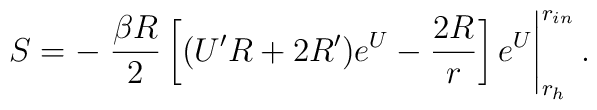
S=-\left. {{\beta R}\over{2}} \left[(U^{\prime}R+2R^{\prime})e^{U}-{{2R}\over{r}} \right] e^{U}\right|^{r_{in}}_{r_{h}}.